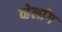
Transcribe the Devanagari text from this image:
व्हेर्लाग